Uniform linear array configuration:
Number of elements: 48
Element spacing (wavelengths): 0.25
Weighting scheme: kaiser
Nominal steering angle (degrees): -45
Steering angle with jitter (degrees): -44.899
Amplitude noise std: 0.05
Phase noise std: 0.05

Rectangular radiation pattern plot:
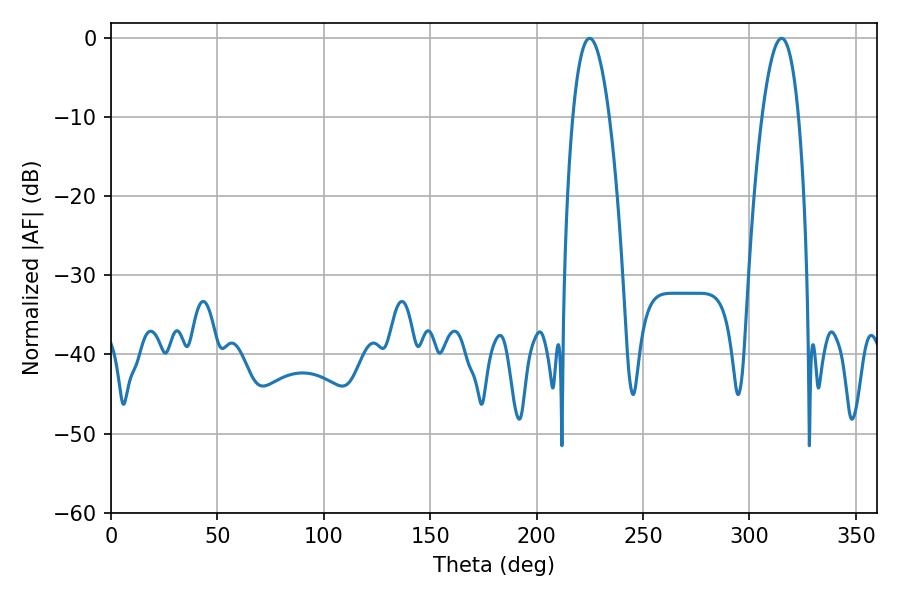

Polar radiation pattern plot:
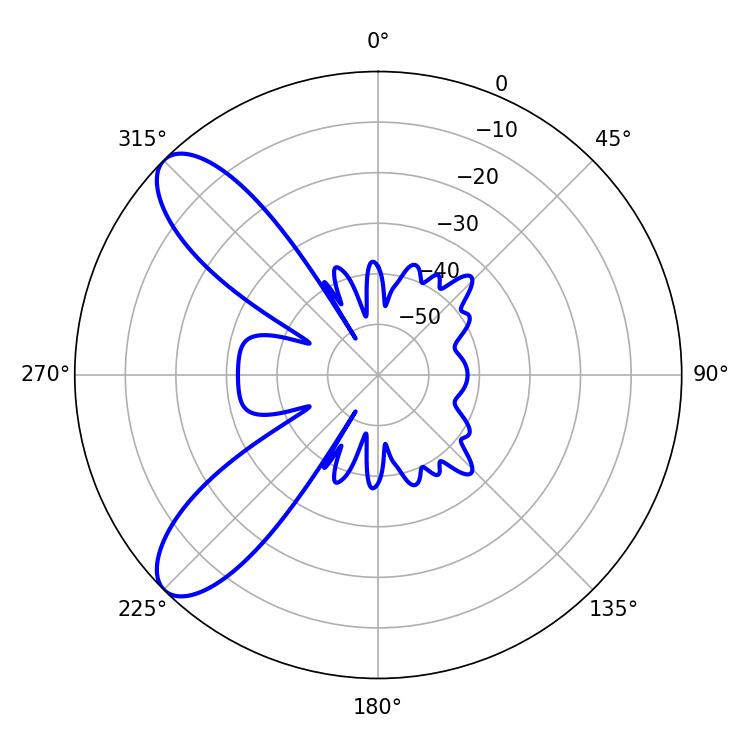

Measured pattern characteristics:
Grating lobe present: FALSE
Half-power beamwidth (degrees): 9.54
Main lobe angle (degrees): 224.82